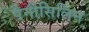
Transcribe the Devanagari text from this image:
पेनीसिलिन